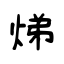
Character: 焍